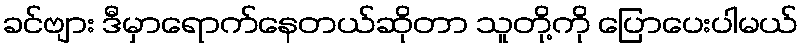
ခင်ဗျား ဒီမှာရောက်နေတယ်ဆိုတာ သူတို့ကို ပြောပေးပါမယ်